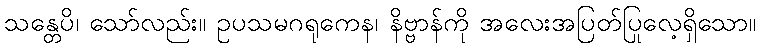
သန္တေပိ၊ သော်လည်း။ ဥပသမဂရုကေန၊ နိဗ္ဗာန်ကို အလေးအပြတ်ပြုလေ့ရှိသော။